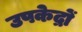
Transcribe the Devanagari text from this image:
उपकेद्रों